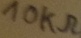
Text: 10KΩ